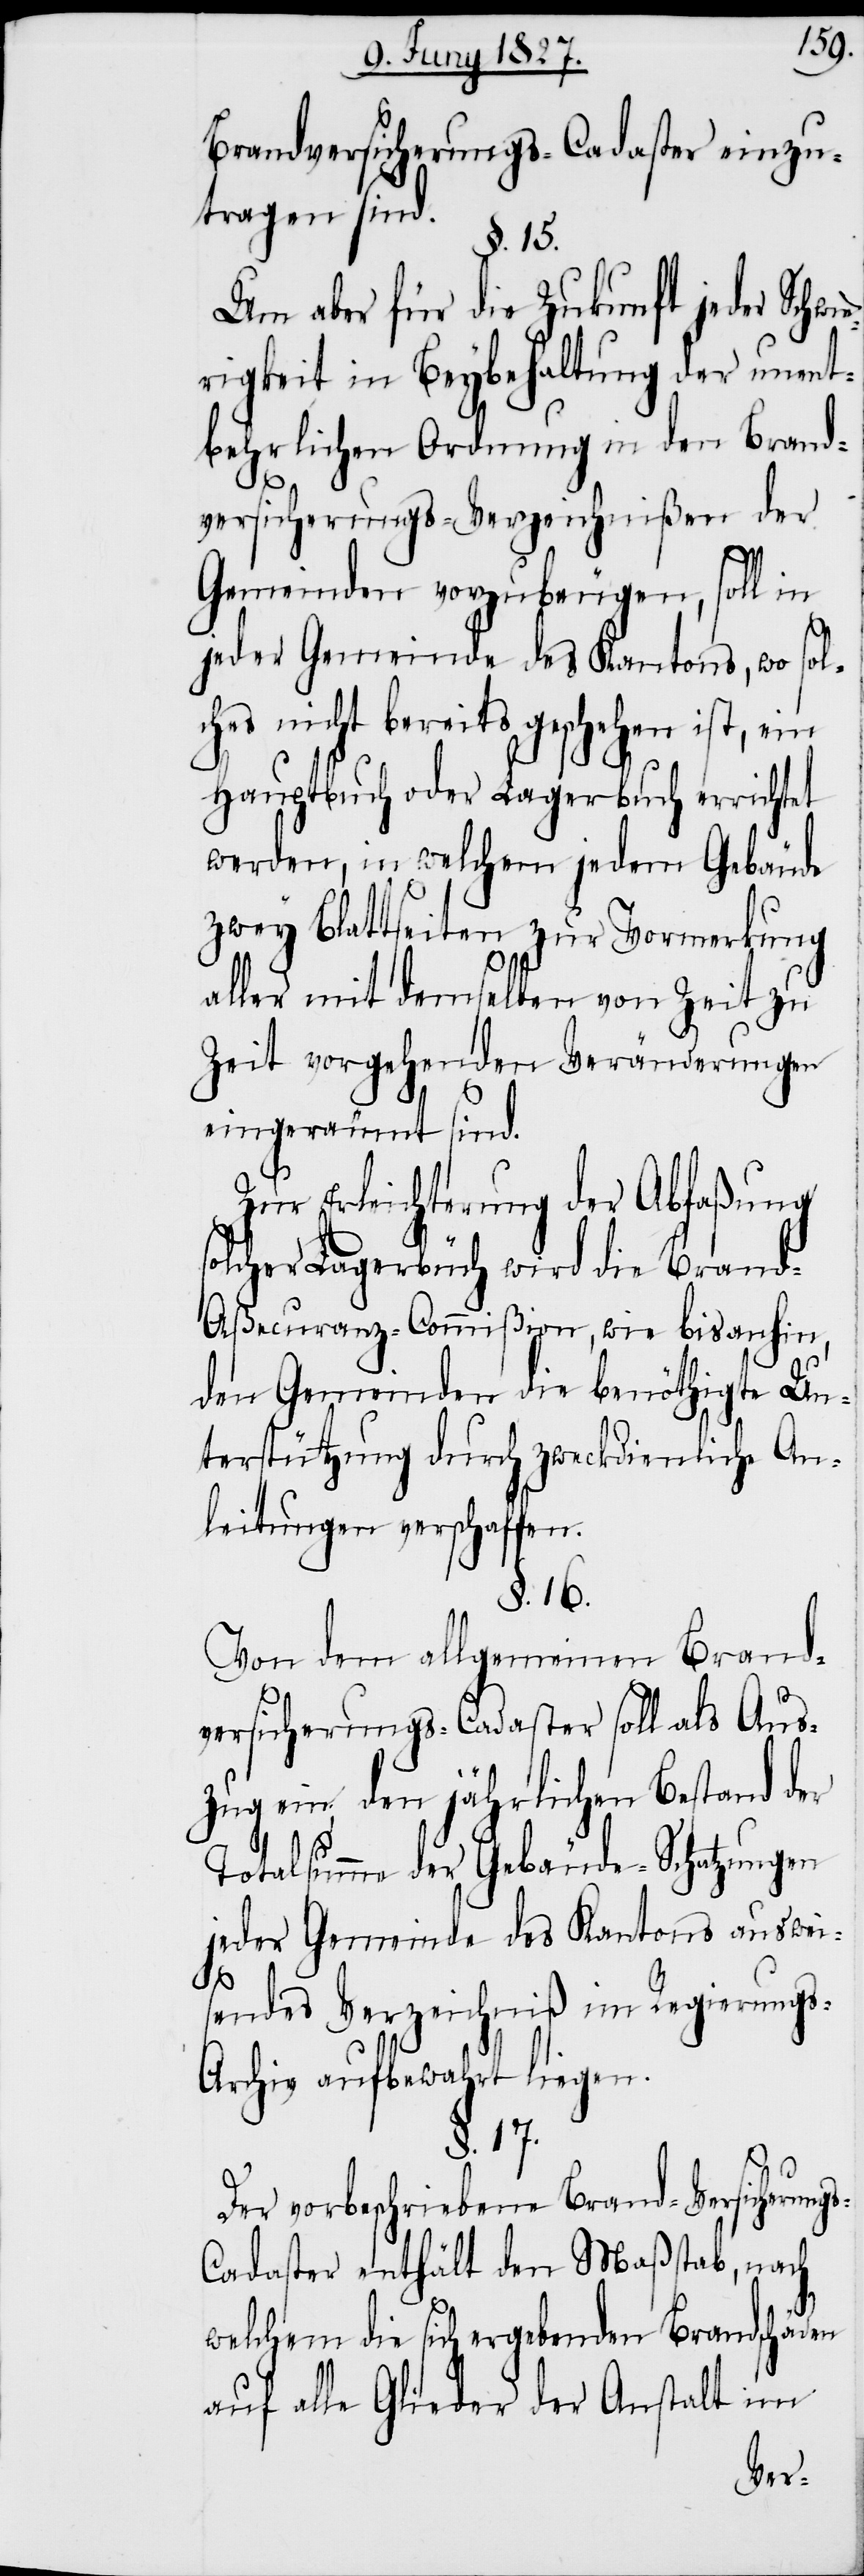
Brandversicherungs-Cadaster einzu¬
tragen sind.
§. 15.
Um aber für die Zukunft jeder Schwi¬
erigkeit in Beybehaltung der unent¬
behrlichen Ordnung in den Brand¬
versicherungs-Verzeichnißen der
Gemeinden vorzubeugen, soll in
jeder Gemeinde des Kantons, wo sol¬
ches nicht bereits geschehen ist, ein
Hauptbuch oder Lagerbuch errichtet
werden, in welchem jedem Gebäude
zwey Blattseiten zur Vormerkung
aller mit demselben von Zeit zu
Zeit vorgehenden Veränderungen
eingeräumt sind.
Zur Erleichterung der Abfaßung
d-Aßecuranz-Commißion, wie bis anhin,
den Gemeinden die benöthigte Un¬
terstützung durch zweckdienliche An¬
leitungen verschaffen.
§. 16.
Von dem allgemeinen Brand¬
versicherungs-Cadaster soll als Aus¬
zug ein den jährlichen Bestand der
Totalsumme der Gebäude-Schatzungen
jeder Gemeinde des Kantons auswei¬
sendes Verzeichniß im Regierung¬
s-Archiv aufbewahrt liegen.
§. 17.
Der vorbeschriebene Brand-Versicherung¬
s-Cadaster enthält den Maßstab, nach
die
welchem die sich ergebenden Brandschäden
auf alle Glieder der Anstalt im
Bran¬